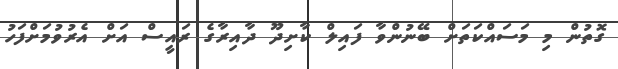
ގޮތުން މި މަސައްކަތަށް ބޭނުންވާ ފައިލް ކާށިދޫ ދާއިރާގެ ރައީސް އަށް އެރުވުމަށްފަހު